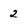
Character: 2